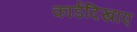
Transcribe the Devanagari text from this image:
कार्डदिखाए